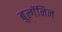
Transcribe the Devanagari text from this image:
बुल्गॅनिन